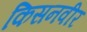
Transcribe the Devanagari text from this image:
किसनवीर